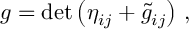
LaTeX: g = \mathrm { d e t } \left( \eta _ { i j } + { \tilde { g } } _ { i j } \right) \, ,